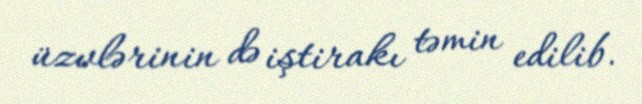
üzvlərinin də iştirakı təmin edilib.